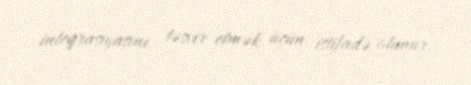
inteqrasiyasını təsvir etmək üçün istifadə olunur.